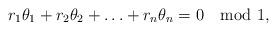
LaTeX: \begin{align*}r_1\theta_1+r_2\theta_2+\ldots+r_n\theta_n=0\mod 1,\end{align*}